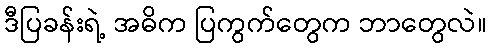
ဒီပြခန်းရဲ့ အဓိက ပြကွက်တွေက ဘာတွေလဲ။